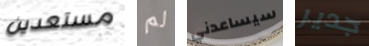
مستعدين لم سيساعدني جدير